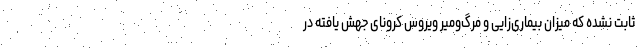
ثابت نشده که میزان بیماری‌زایی و مرگ‌ومیر ویروس کرونای جهش یافته در